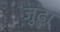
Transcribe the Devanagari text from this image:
जुढ़ा